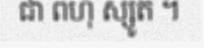
ជា ពហុ ស្សូត ។